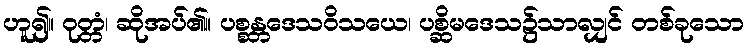
ဟူ၍။ ဝုတ္တံ၊ ဆိုအပ်၏။ ပစ္စန္တဒေသဝိသယေ၊ ပစ္ဆိမဒေသ၌သာလျှင် တစ်ခုသော